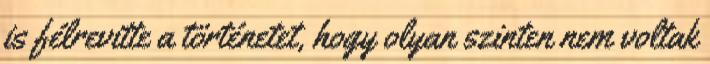
is félrevitte a történetet, hogy olyan szinten nem voltak